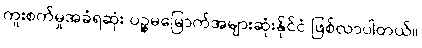
ကူးစက်မှုအခံရဆုံး ပဉ္စမမြောက်အများဆုံးနိုင်ငံ ဖြစ်လာပါတယ်။